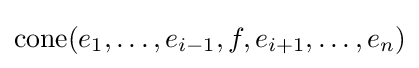
{\text{cone}}(e_{1},\ldots ,e_{i-1},f,e_{i+1},\ldots ,e_{n})